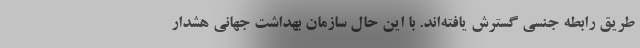
طریق رابطه جنسی گسترش یافته‌اند. با این حال سازمان بهداشت جهانی هشدار